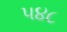
૫૪૮